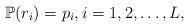
LaTeX: \begin{align*} {\mathbb P}(r_i) = p_i,i=1,2,\ldots,L, \end{align*}